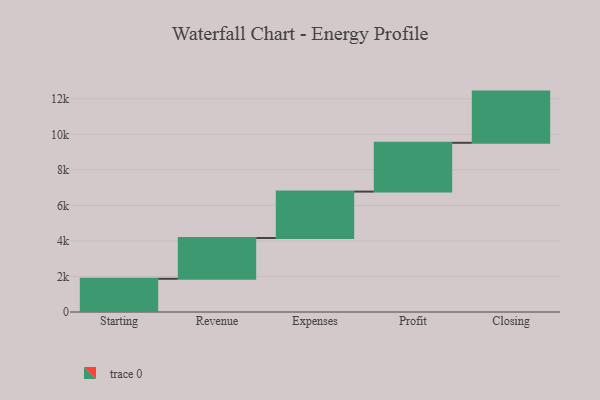
{"axis": {"x": "Step", "y": "Value"}, "legend": [""], "data": [{"x": "Starting", "y": 1870.0, "type": ""}, {"x": "Revenue", "y": 2296.0, "type": ""}, {"x": "Expenses", "y": 2611.0, "type": ""}, {"x": "Profit", "y": 2747.0, "type": ""}, {"x": "Closing", "y": 2881.0, "type": ""}]}